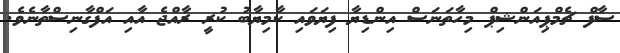
ސާފް ޗެމްޕިއަންޝިޕް މިހާތަނަސް އިންޑިޔާ ފިޔަވައި ކާމިޔާބު ކުރީ ރާއްޖެ އާއި އަފްގާނިސްތާނެވެ.